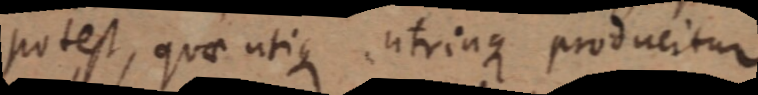
potest, quae utique utrinque producitur